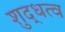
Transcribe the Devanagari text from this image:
शुद्धत्व